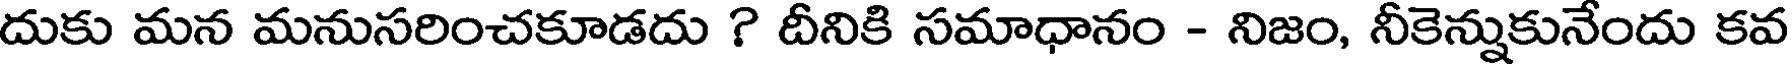
దుకు మన మనుసరించకూడదు ? దీనికి సమాధానం - నిజం, నీకెన్నుకునేందు కవ